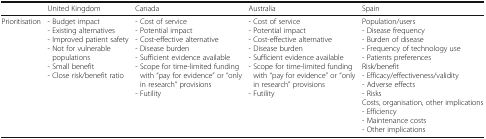
|  | United Kingdom | Canada | Australia | Spain |
 | --- | --- | --- | --- | --- |
 | Prioritisation | - Budget impact- Existing alternatives- Improved patient safety- Not for vulnerable populations- Small benefit- Close risk/benefit ratio | - Cost of service- Potential impact- Cost-effective alternative- Disease burden- Sufficient evidence available- Scope for time-limited funding with “pay for evidence” or “only in research” provisions- Futility | - Cost of service- Potential impact- Cost-effective alternative- Disease burden- Sufficient evidence available- Scope for time-limited funding with “pay for evidence” or “only in research” provisions- Futility | Population/users- Disease frequency- Burden of disease- Frequency of technology use- Patients preferencesRisk/benefit- Efficacy/effectiveness/validity- Adverse effects- RisksCosts, organisation, other implications- Efficiency- Maintenance costs- Other implications |